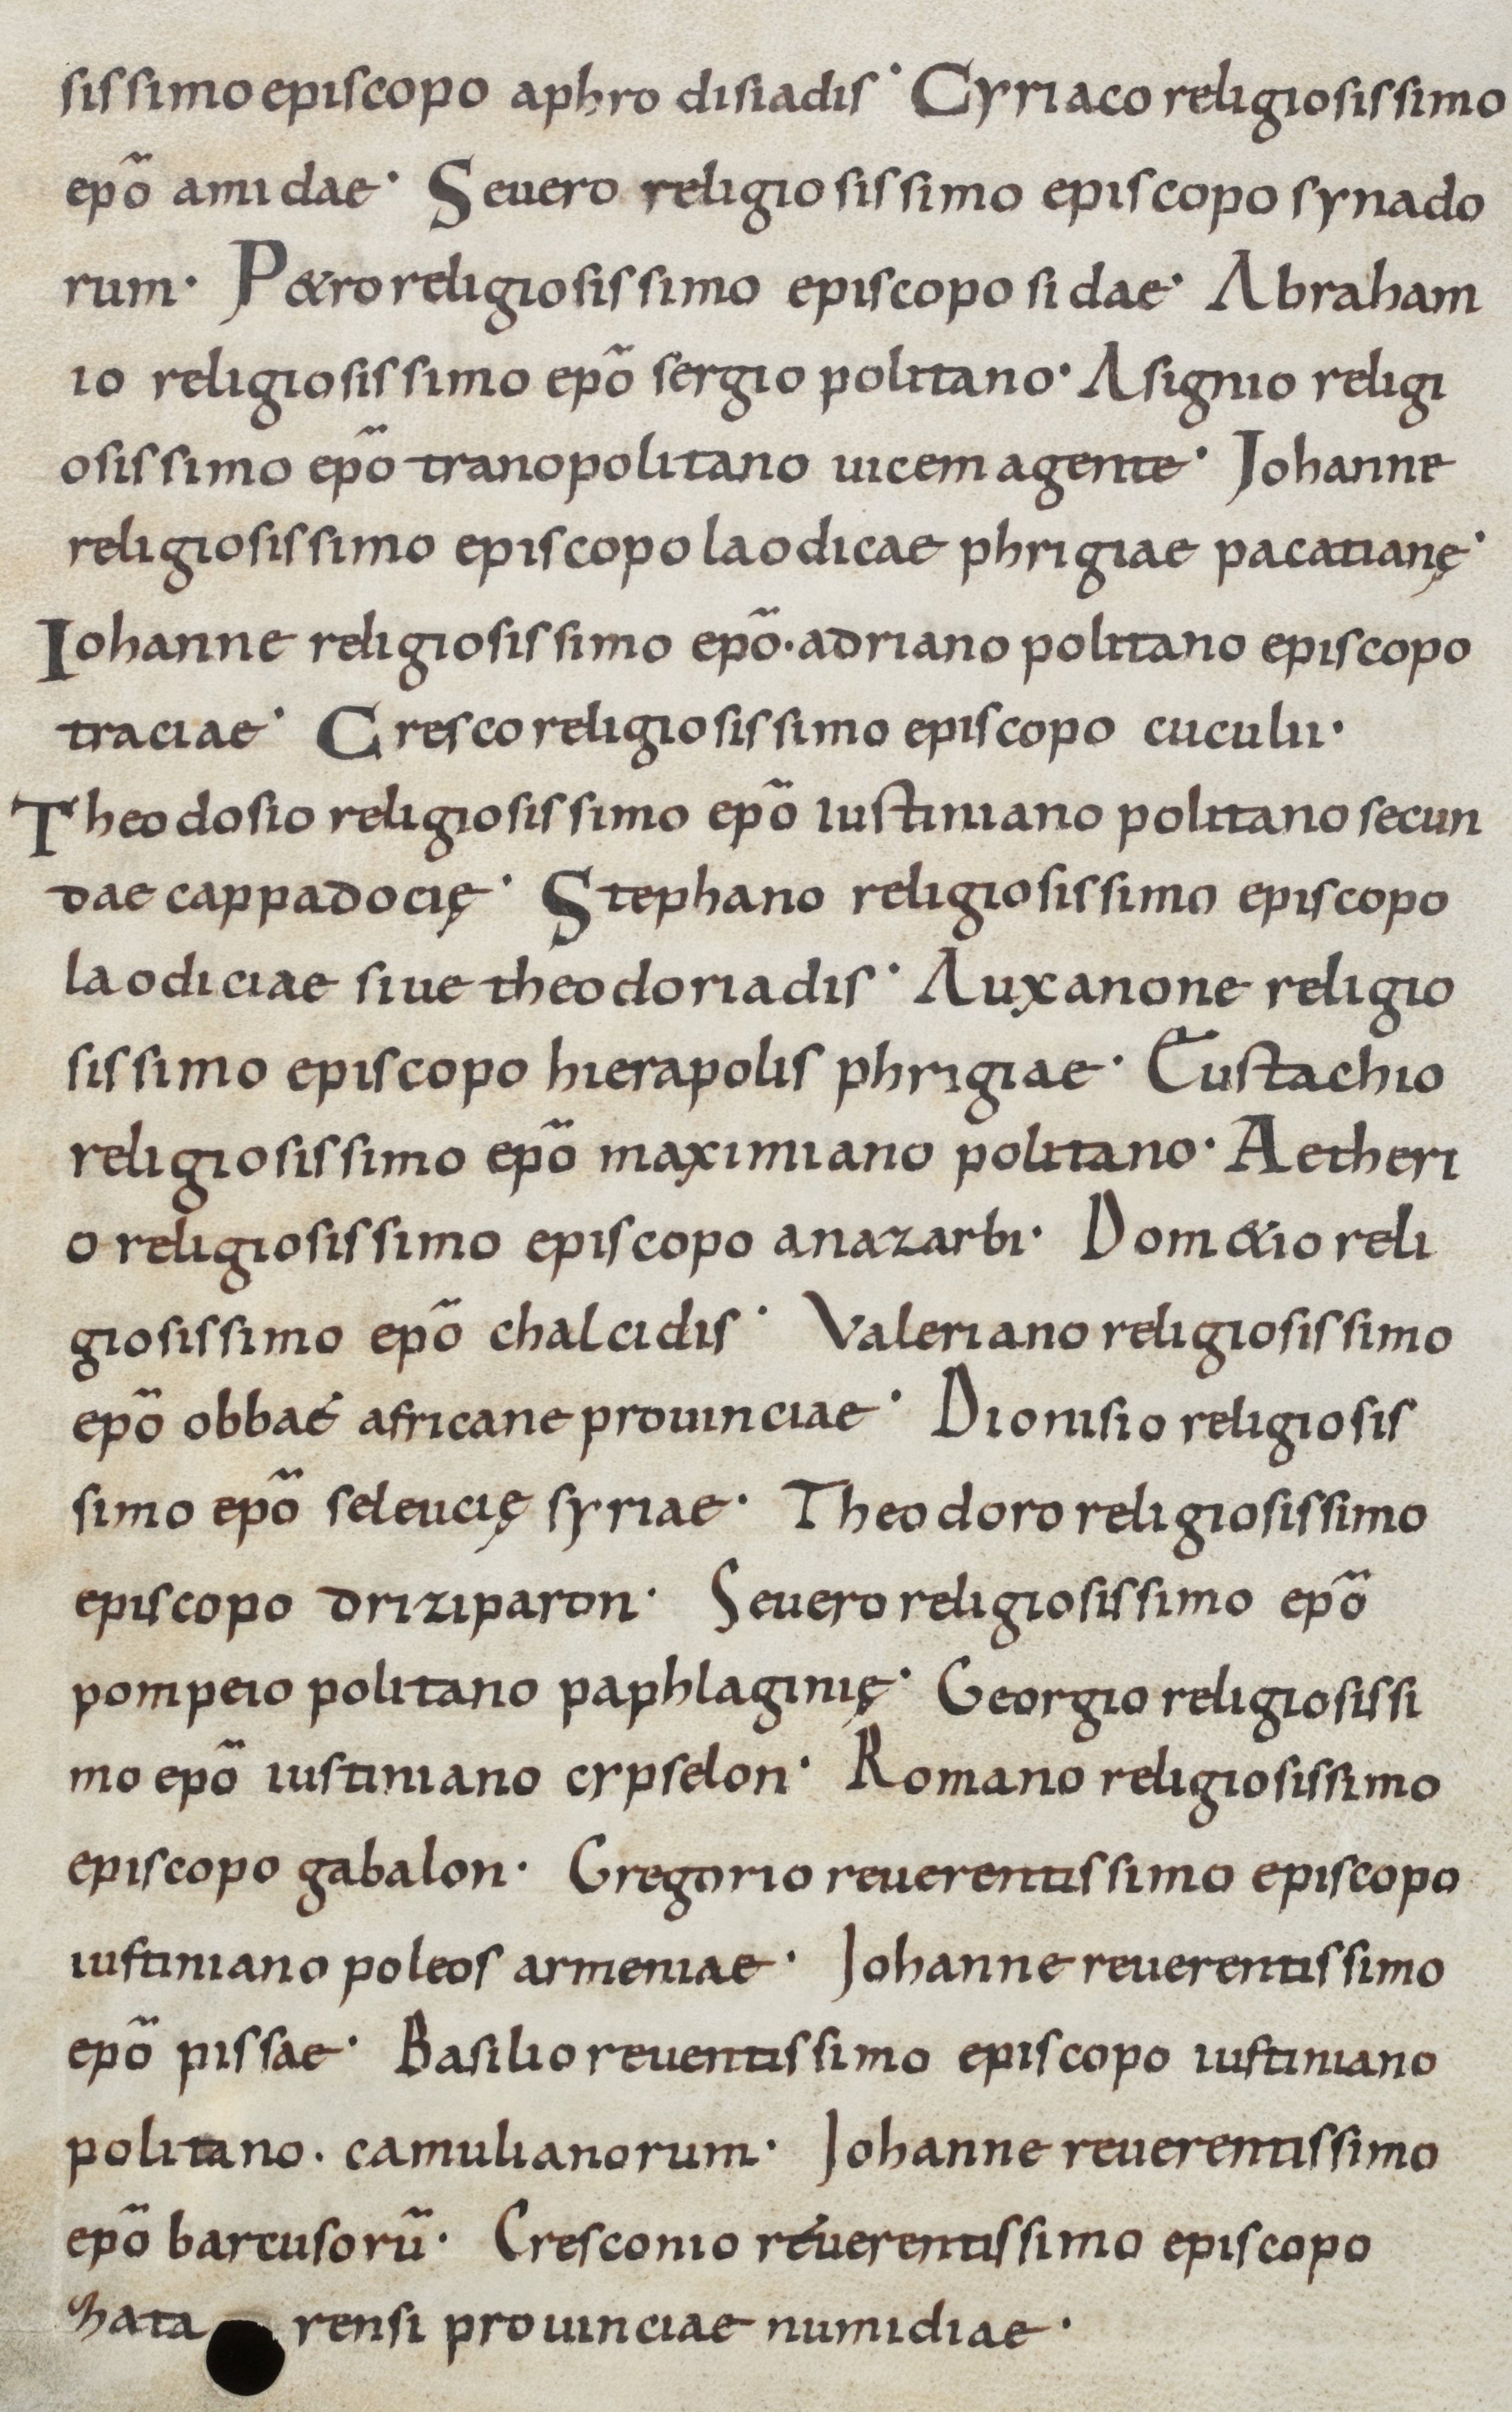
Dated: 800–899